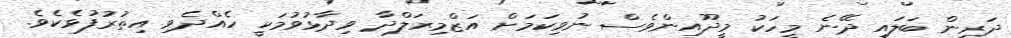
ދަރިން ބަލައި ދޭނެ މީހަކު މީދޫއިންވެސް ނުވިކަމަށް އަޒްމިރަލްދާ ވިދާޅުވުމަކީ ހެއްދެވި އިތުރުފުޅެކެވެ.